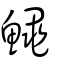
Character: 鱦